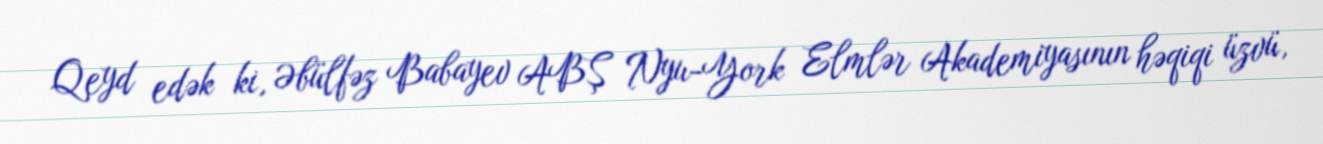
Qeyd edək ki, Əbülfəz Babayev ABŞ Nyu-York Elmlər Akademiyasının həqiqi üzvü,